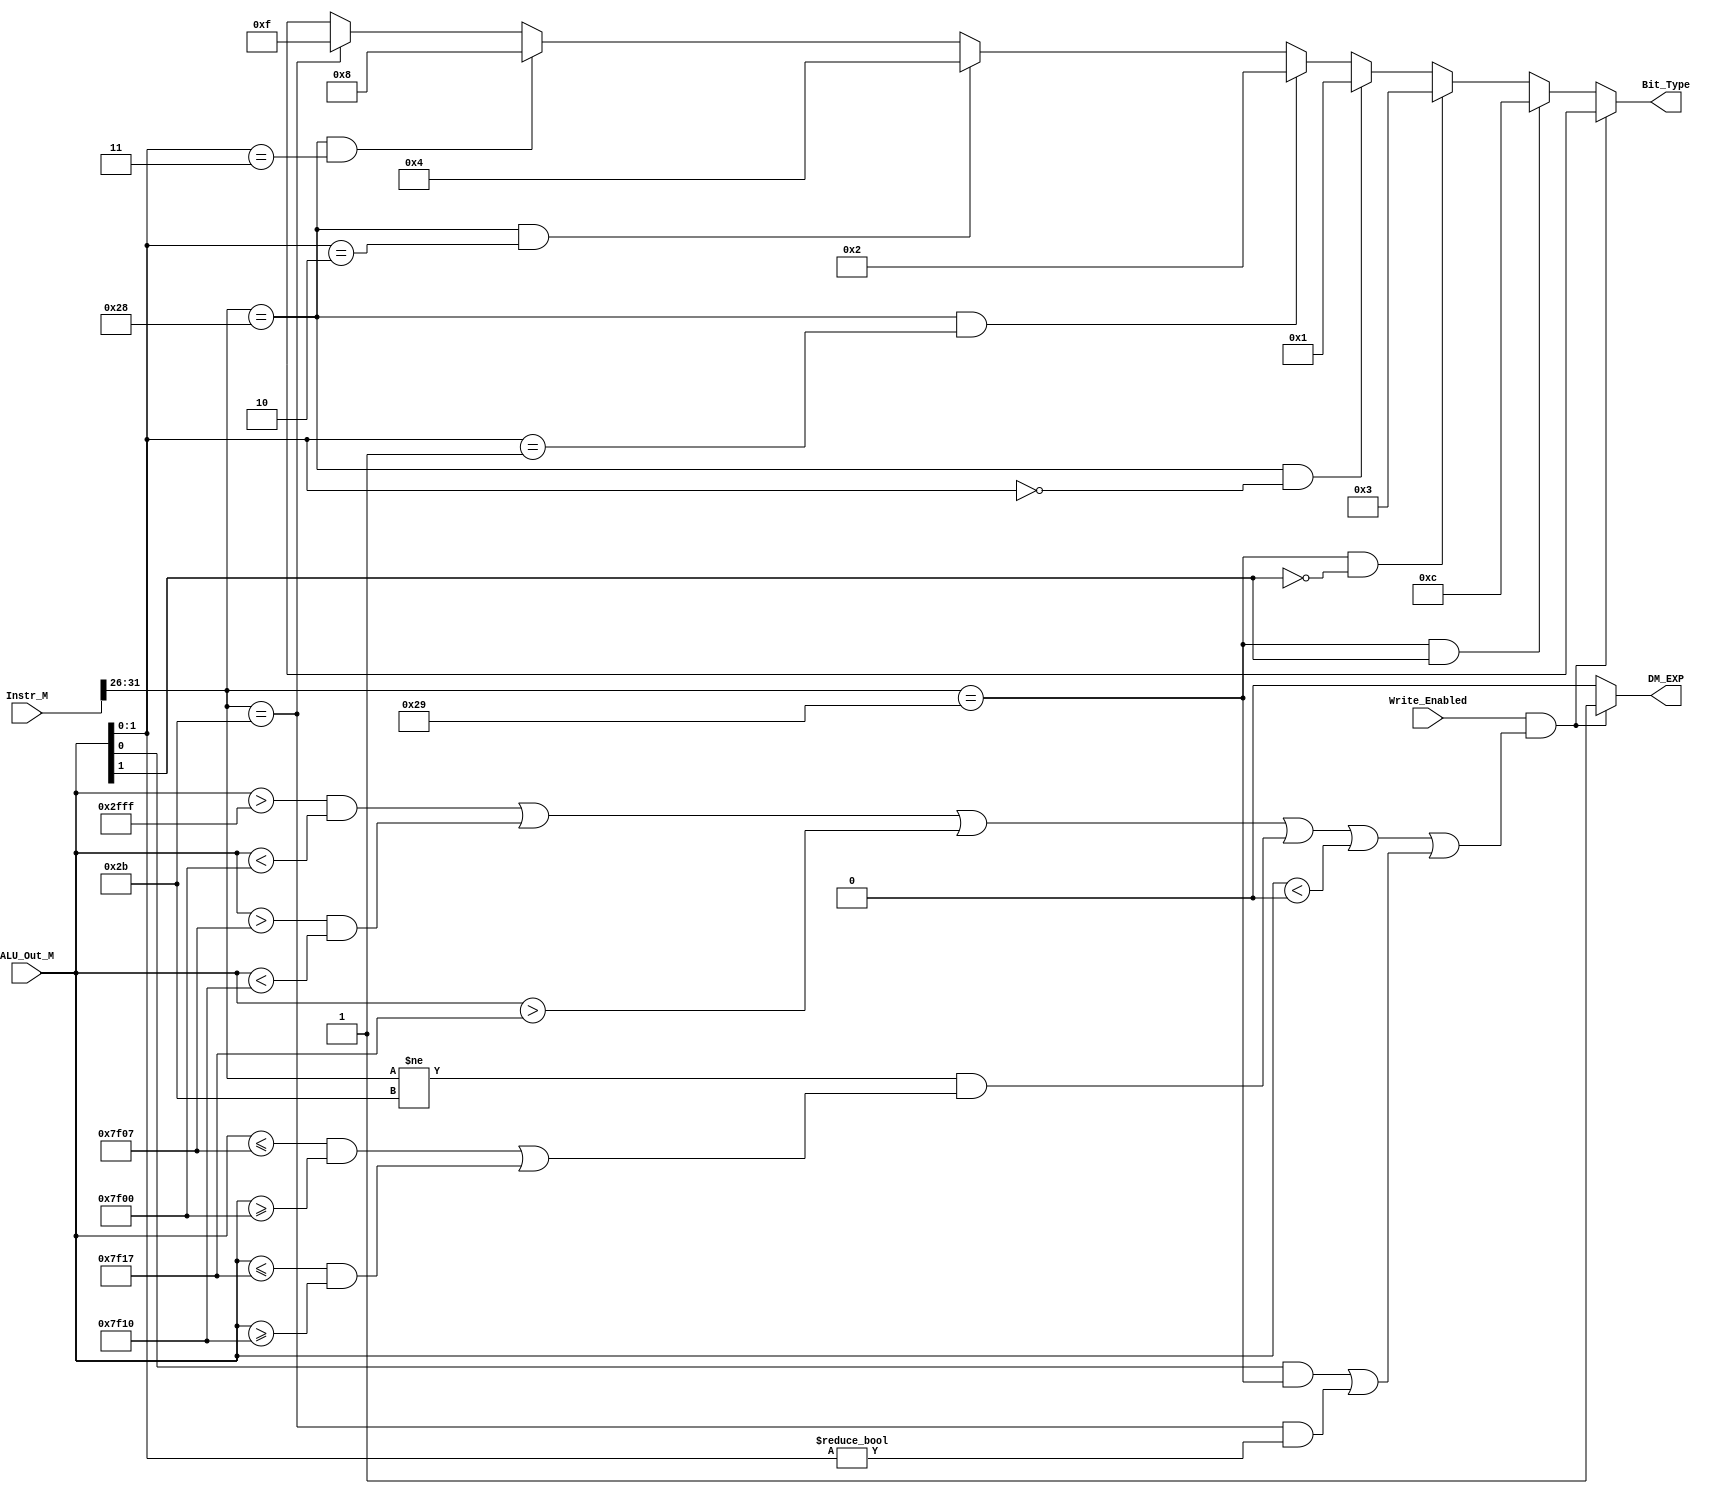
`timescale 1ns / 1ps
//////////////////////////////////////////////////////////////////////////////////
// Company: 
// Engineer: 
// 
// Design Name: 
// Module Name:    btdecoder 
// Project Name: 
// Target Devices: 
// Tool versions: 
// Description: 
//
// Dependencies: 
//
// Revision: 
// Revision 0.01 - File Created
// Additional Comments: 
//
//////////////////////////////////////////////////////////////////////////////////
`define sh Op == 6'b101001
`define sb Op == 6'b101000
`define sw Op == 6'b101011
`define ad ((ALU_Out_M > 32'h0000_2fff && ALU_Out_M <32'h0000_7f00) || (ALU_Out_M > 32'h0000_7f07 && ALU_Out_M <32'h0000_7f10) || ALU_Out_M > 32'h0000_7f17 || (Op != 6'b101011 && ((ALU_Out_M <= 32'h0000_7f07 && ALU_Out_M >= 32'h0000_7f00) || (ALU_Out_M <= 32'h0000_7f17 && ALU_Out_M >= 32'h0000_7f10))) || ALU_Out_M < 32'h0)
`define co ((ALU_Out_M[0] && `sh) || (`sw && ALU_Out_M[1:0] != 2'b0))
module btdecoder(
    input [31:0] ALU_Out_M,
    input [31:0] Instr_M,
	 input Write_Enabled,
    output [3:0] Bit_Type,
	 output DM_EXP
    );
	 
	 wire [31:0] Op, Func;
	 
	 assign Op  = Instr_M[31:26];
	 
	 assign DM_EXP = (Write_Enabled && (`ad || `co)) ? 1'b1 :
																		1'b0 ;
	 
	 assign Bit_Type = (Write_Enabled && (`ad || `co)) ? 4'bx	 :
							 (`sh && ALU_Out_M[1])				? 4'b1100 :
							 (`sh && !ALU_Out_M[1])				? 4'b0011 :
							 (`sb && ALU_Out_M[1:0] == 2'b00)? 4'b0001 :
							 (`sb && ALU_Out_M[1:0] == 2'b01)? 4'b0010 :
							 (`sb && ALU_Out_M[1:0] == 2'b10)? 4'b0100 :
							 (`sb && ALU_Out_M[1:0] == 2'b11)? 4'b1000 :
							 (`sw)									? 4'b1111 :
																		  4'bx    ;
							 
endmodule